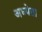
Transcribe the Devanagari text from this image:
अध्‍येता